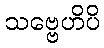
သဗ္ဗေဟိပိ